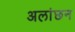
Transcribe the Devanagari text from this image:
अलांछन